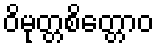
ဝိမုတ္တစိတ္တောဝ